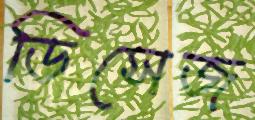
ডিসেজ